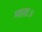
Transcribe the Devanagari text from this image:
माता॥